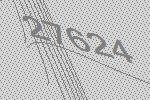
27624